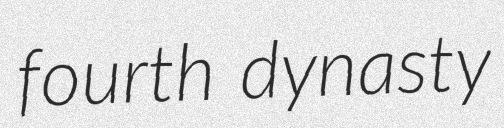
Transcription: fourth dynasty